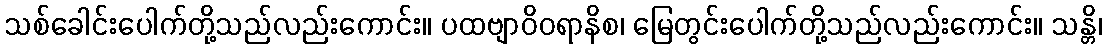
သစ်ခေါင်းပေါက်တို့သည်လည်းကောင်း။ ပထဗျာဝိဝရာနိစ၊ မြေတွင်းပေါက်တို့သည်လည်းကောင်း။ သန္တိ၊